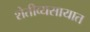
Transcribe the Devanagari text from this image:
शेतीव्यसायात